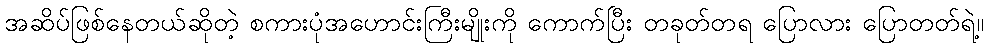
အဆိပ်ဖြစ်နေတယ်ဆိုတဲ့ စကားပုံအဟောင်းကြီးမျိုးကို ကောက်ပြီး တခုတ်တရ ပြောလား ပြောတတ်ရဲ့။